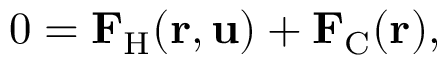
0 = \mathrm { \mathbf { F } _ { H } } ( \mathbf { r , u } ) + \mathrm { \mathbf { F } _ { C } } ( \mathbf { r } ) ,